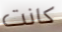
كانت